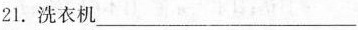
21.洗衣机___